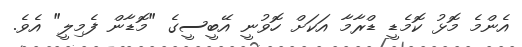
އެންމެ މޮޅު ކޮމެޑީ ޑްރާމާ އަކަށް ހޮވުނީ އޭބީސީގެ "މޮޑާން ފެމިލީ" އެވެ.